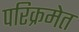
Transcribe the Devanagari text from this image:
परिक्रमेत